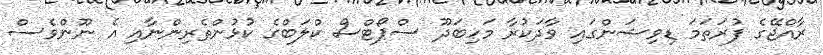
ރާއްޖޭގެ ފުރަތަމަ ޑިވިޝަންގައި ވާދަކުރާ މަހިބަދޫ ސްޕޯޓްސް ކްލަބްގެ ކުޅުންތެރިންނާއި އެ ނޫންވެސް